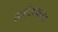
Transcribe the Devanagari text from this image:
स्टार्टअपच्या